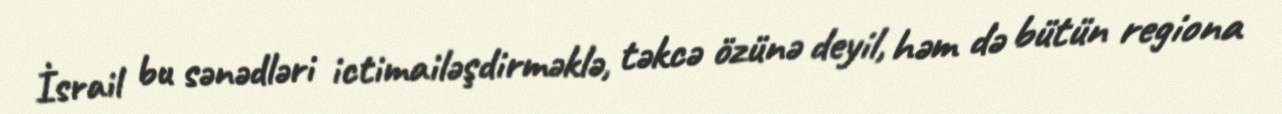
İsrail bu sənədləri ictimailəşdirməklə, təkcə özünə deyil, həm də bütün regiona